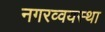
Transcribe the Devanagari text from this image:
नगरव्वयस्था